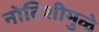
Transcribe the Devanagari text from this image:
नोटिशीमुळे